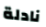
نادلة